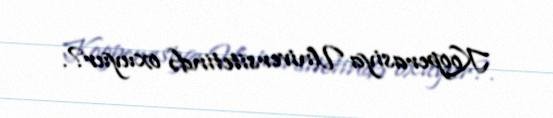
Kooperasiya Universitetində oxuyur?.